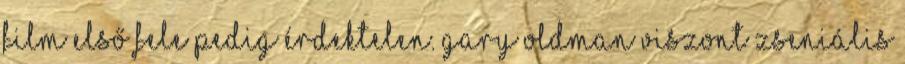
film első fele pedig érdektelen. Gary Oldman viszont zseniális